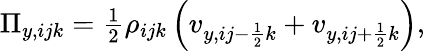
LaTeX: \begin{array}{r}{\Pi_{y,ijk}=\frac{1}{2}\rho_{ijk}\left(v_{y,ij-\frac{1}{2}k}+v_{y,ij+\frac{1}{2}k}\right),}\end{array}